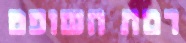
רמת השופט